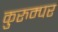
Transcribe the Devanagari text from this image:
कुरुम्पर